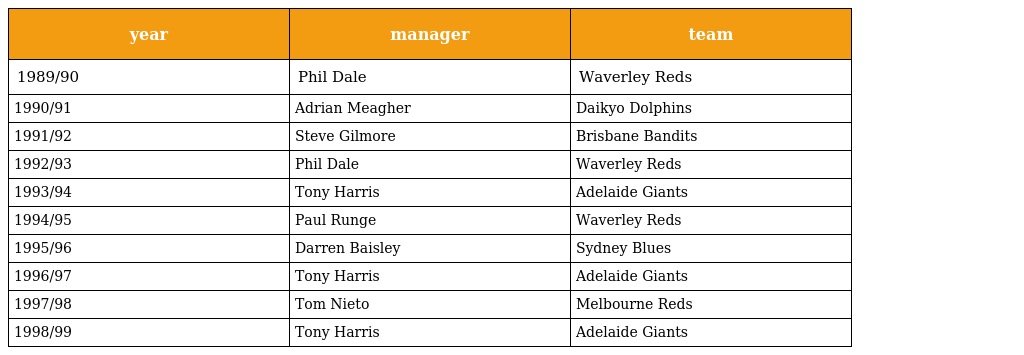
| year | manager | team |
 | --- | --- | --- |
 | 1989/90 | Phil Dale | Waverley Reds |
 | 1990/91 | Adrian Meagher | Daikyo Dolphins |
 | 1991/92 | Steve Gilmore | Brisbane Bandits |
 | 1992/93 | Phil Dale | Waverley Reds |
 | 1993/94 | Tony Harris | Adelaide Giants |
 | 1994/95 | Paul Runge | Waverley Reds |
 | 1995/96 | Darren Baisley | Sydney Blues |
 | 1996/97 | Tony Harris | Adelaide Giants |
 | 1997/98 | Tom Nieto | Melbourne Reds |
 | 1998/99 | Tony Harris | Adelaide Giants |